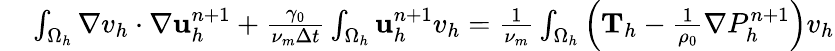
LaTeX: \begin{array}{rl}{\small}&{{}\int_{\Omega_{h}}\nabla v_{h}\cdot\nabla\textbf{u}_{h}^{n+1}+\frac{\gamma_{0}}{\nu_{m}\Delta t}\int_{\Omega_{h}}\textbf{u}_{h}^{n+1}v_{h}=\frac{1}{\nu_{m}}\int_{\Omega_{h}}\left(\textbf{T}_{h}-\frac{1}{\rho_{0}}\nabla P_{h}^{n+1}\right)v_{h}}\end{array}